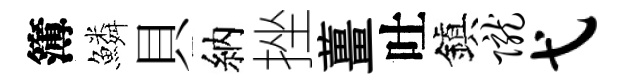
簿鱗貝納挫薑吐鎭陇弋